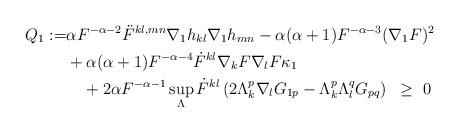
LaTeX: \begin{align*} Q_1:= & \alpha F^{-\alpha-2}\ddot{F}^{kl,mn}\nabla_1h_{kl}\nabla_1h_{mn}-\alpha(\alpha+1)F^{-\alpha-3}(\nabla_1F)^2\\&+\alpha(\alpha+1)F^{-\alpha-4}\dot{F}^{kl}\nabla_kF\nabla_lF\kappa_1\\&\quad+2\alpha F^{-\alpha-1}\sup_{\Lambda}\dot{F}^{kl}\left(2\Lambda_k^p\nabla_lG_{1p}-\Lambda_k^p\Lambda_l^qG_{pq}\right)~\geq~0\end{align*}